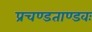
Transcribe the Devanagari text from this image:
प्रचण्डताण्डवः